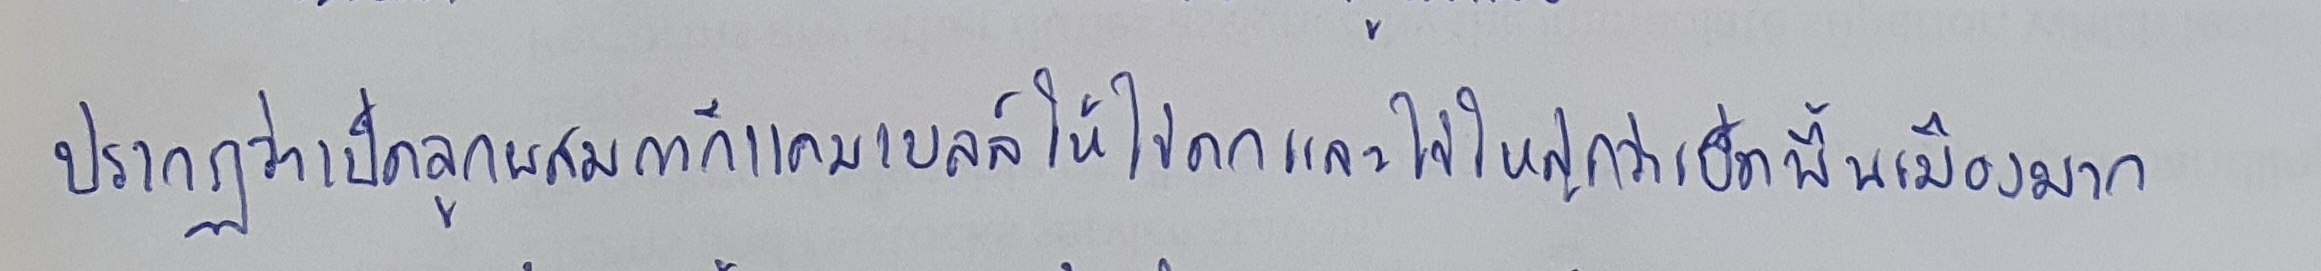
ปรากฏว่าเป็ดลูกผสมกากีแคมเบลล์ให้ไข่ดกและไข่ใหญ่กว่าเป็ดพื้นเมืองมาก